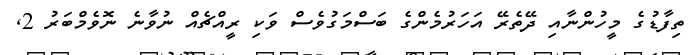
ތިފާޑުގެ މީހުންނާއި ދޭތެރޭ އަހަރުމެންގެ ބަސްމަގުވެސް ވަކި ރީއްޗެއް ނުވާނެ ނޮވެމްބަރު 2